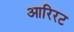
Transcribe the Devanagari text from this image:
आरिरट